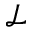
\mathcal { L }